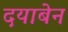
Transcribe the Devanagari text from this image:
दयाबेन